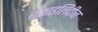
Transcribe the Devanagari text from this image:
बकाइलिदीज